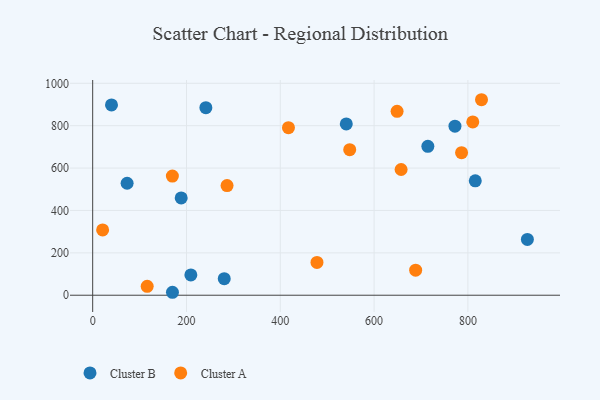
{"axis": {"x": "Engine Size", "y": "Yield"}, "legend": ["Cluster A", "Cluster B"], "data": [{"x": "540.7", "y": 808.3, "type": "Cluster B"}, {"x": "40.1", "y": 898.0, "type": "Cluster B"}, {"x": "772.4", "y": 797.6, "type": "Cluster B"}, {"x": "926.8", "y": 263.1, "type": "Cluster B"}, {"x": "73.4", "y": 528.3, "type": "Cluster B"}, {"x": "209.3", "y": 96.0, "type": "Cluster B"}, {"x": "714.6", "y": 702.4, "type": "Cluster B"}, {"x": "170.1", "y": 13.9, "type": "Cluster B"}, {"x": "815.7", "y": 539.7, "type": "Cluster B"}, {"x": "188.7", "y": 459.0, "type": "Cluster B"}, {"x": "241.3", "y": 884.9, "type": "Cluster B"}, {"x": "280.5", "y": 78.2, "type": "Cluster B"}, {"x": "649.0", "y": 867.8, "type": "Cluster A"}, {"x": "116.2", "y": 41.9, "type": "Cluster A"}, {"x": "688.6", "y": 118.0, "type": "Cluster A"}, {"x": "657.6", "y": 593.3, "type": "Cluster A"}, {"x": "810.4", "y": 817.9, "type": "Cluster A"}, {"x": "548.0", "y": 687.0, "type": "Cluster A"}, {"x": "478.2", "y": 154.6, "type": "Cluster A"}, {"x": "417.4", "y": 790.5, "type": "Cluster A"}, {"x": "286.5", "y": 517.4, "type": "Cluster A"}, {"x": "786.5", "y": 672.7, "type": "Cluster A"}, {"x": "829.0", "y": 922.5, "type": "Cluster A"}, {"x": "169.9", "y": 562.0, "type": "Cluster A"}, {"x": "21.2", "y": 308.3, "type": "Cluster A"}]}